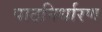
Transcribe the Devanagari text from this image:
पाठनिर्धारण